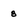
Character: 8